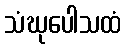
သံဃုပေါသထံ